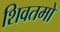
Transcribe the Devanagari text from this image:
शिवतमो